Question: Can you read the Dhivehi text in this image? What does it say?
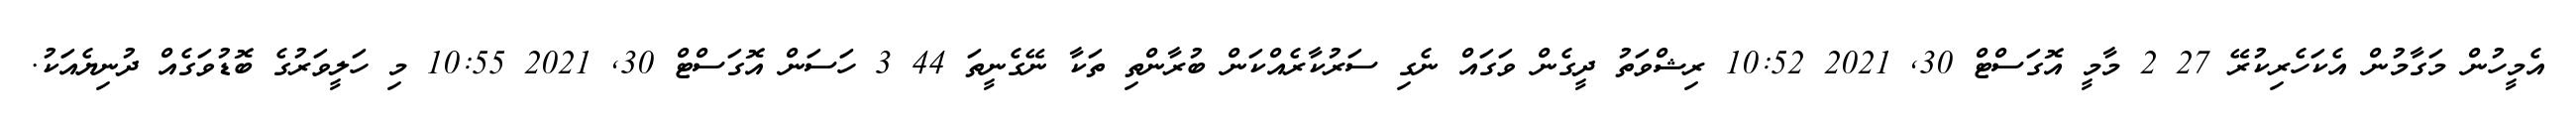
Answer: އެމީހުން މަގާމުން އެކަހެރިކުރޭ 27 2 މާމީ އޮގަސްޓް 30, 2021 10:52 ރިޝްވަތު ދީގެން ވަގައް ނެގި ސަރުކާރެއްކަން ބުރާންތި ތަކާ ނޭގެނީތަ 44 3 ހަސަން އޮގަސްޓް 30, 2021 10:55 މި ހަލީވަރުގެ ބޮޑުވަގެއް ދުނިޔެއަކު.